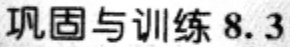
巩固与训练 8.3